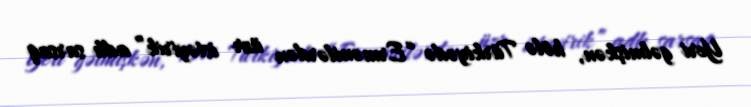
Yeri gəlmişkən, hələ Türkiyədə “Ermənilərdən üzr istəyirik” adlı sarsaq